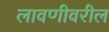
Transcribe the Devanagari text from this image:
लावणीवरील